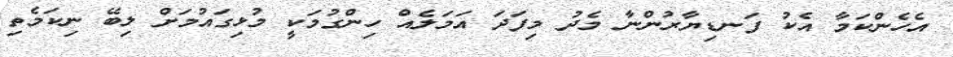
އެހެންކަމާ އެކު ފަނޑިޔާރުންނާ މެދު މިފަދަ އަމަލެއް ހިންގުމަކީ މުޅިގައުމަށް ލިބޭ ނިކަމެތި